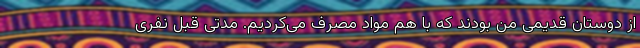
از دوستان قدیمی من بودند که با هم مواد مصرف می‌کردیم. مدتی قبل نفری